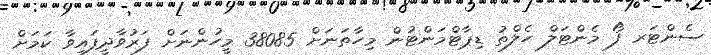
ސެންޓަރ ފޯ މެންޓަލް ހެލްތު ޑިޕާޓްމަންޓުން މިހާތަނަށް 38085 މީހުންނަށް ފަރުވާދީފައިވާ ކަމަށް